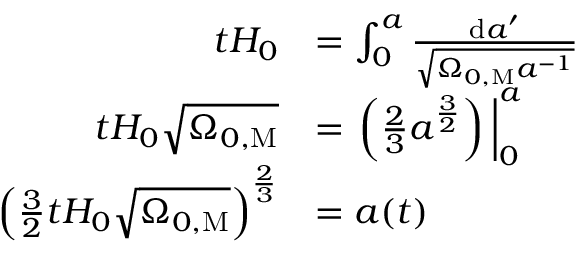
{ \begin{array} { r l } { t H _ { 0 } } & { = \int _ { 0 } ^ { a } { \frac { \mathrm { d } a ^ { \prime } } { \sqrt { \Omega _ { 0 , \mathrm { M } } a ^ { - 1 } } } } } \\ { t H _ { 0 } { \sqrt { \Omega _ { 0 , \mathrm { M } } } } } & { = \left. \left( { \frac { 2 } { 3 } } a ^ { \frac { 3 } { 2 } } \right) \, \right| _ { 0 } ^ { a } } \\ { \left( { \frac { 3 } { 2 } } t H _ { 0 } { \sqrt { \Omega _ { 0 , \mathrm { M } } } } \right) ^ { \frac { 2 } { 3 } } } & { = a ( t ) } \end{array} }